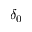
\delta _ { 0 }